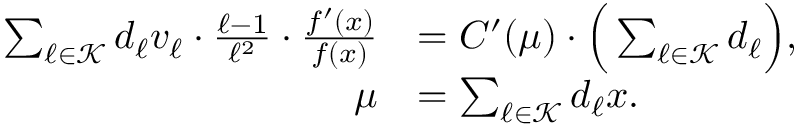
\begin{array} { r l } { \sum _ { \ell \in \mathcal { K } } d _ { \ell } v _ { \ell } \cdot \frac { \ell - 1 } { \ell ^ { 2 } } \cdot \frac { f ^ { \prime } ( x ) } { f ( x ) } } & { = C ^ { \prime } ( \mu ) \cdot \Big ( \sum _ { \ell \in \mathcal { K } } d _ { \ell } \Big ) , } \\ { \mu } & { = \sum _ { \ell \in \mathcal { K } } d _ { \ell } x . } \end{array}